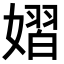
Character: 𪦞